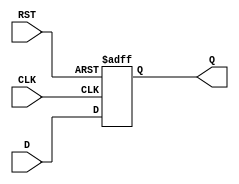
module ff_register #(
    parameter N = 8   // Parameter to define the width of the register (default is 8 bits)
) (
    input wire [N-1:0] D,      // Data input
    input wire CLK,             // Clock signal
    input wire RST,             // Asynchronous reset
    output reg [N-1:0] Q        // Data output
);

    // Always block for flip-flop behavior
    always @(posedge CLK or posedge RST) begin
        if (RST) begin
            Q <= {N{1'b0}};      // Set output to 0 on reset
        end else begin
            Q <= D;              // Load data on clock edge
        end
    end

endmodule